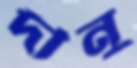
দীনু